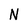
Character: N